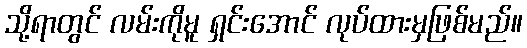
သို့ရာတွင် လမ်းကိုမူ ရှင်းအောင် လုပ်ထားမှဖြစ်မည်။